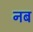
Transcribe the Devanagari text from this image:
नब